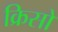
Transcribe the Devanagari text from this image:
क्रिसो